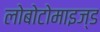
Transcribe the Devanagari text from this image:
लोबोटोमाइज्ड